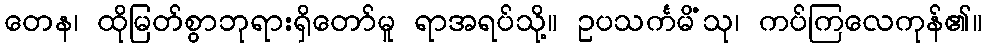
တေန၊ ထိုမြတ်စွာဘုရားရှိတော်မူ ရာအရပ်သို့။ ဥပသင်္ကမိံသု၊ ကပ်ကြလေကုန်၏။